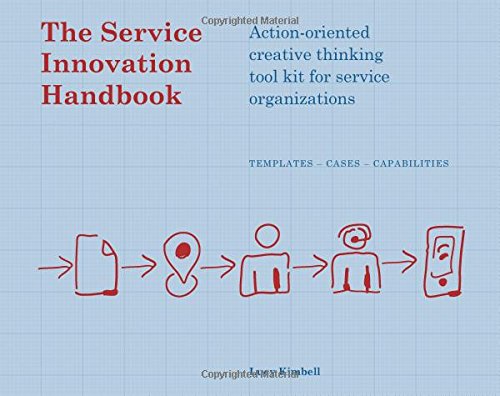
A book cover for The Service Innovation Handbook: Action-oriented Creative Thinking Toolkit for Service Organizations; Lucy Kimbell; Business & Money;